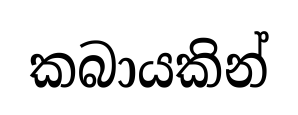
කබායකින්